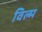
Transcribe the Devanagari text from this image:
विल्म